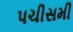
પચીસમી